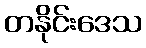
တနိုင်းဒေသ